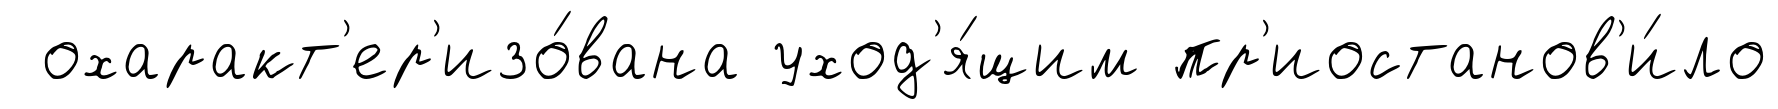
охаракт'ер'изо́вана уход'я́щим пр'иостанов'и́ло